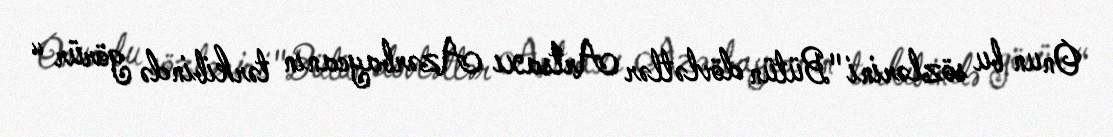
Onun bu sözlərini "Bütün dövlətlər Artsaxı Azərbaycanın tərkibində görür “